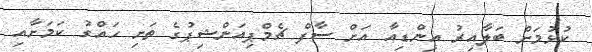
ކުޅުމަށް ބަލާއިރު އިންޑިއާ އަށް ސާފް ޗެމްޕިއަންޝިޕުގެ ތަށި ހައްގު ކަމަށާއި